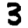
Digit: 3